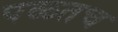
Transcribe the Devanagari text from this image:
पळतच